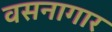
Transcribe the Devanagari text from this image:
वसनागार